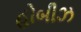
હોબીઝ